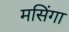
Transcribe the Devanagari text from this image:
मसिंगा